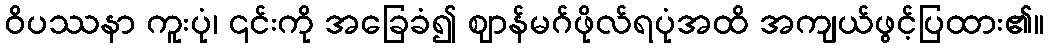
ဝိပဿနာ ကူးပုံ၊ ၎င်းကို အခြေခံ၍ ဈာန်မဂ်ဖိုလ်ရပုံအထိ အကျယ်ဖွင့်ပြထား၏။